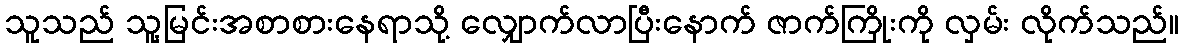
သူသည် သူ့မြင်းအစာစားနေရာသို့ လျှောက်လာပြီးနောက် ဇာက်ကြိုးကို လှမ်း လိုက်သည်။